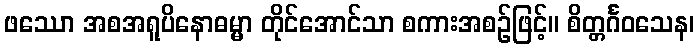
ဖဿော အစအရူပိနောဓမ္မာ တိုင်အောင်သာ စကားအစဉ်ဖြင့်။ စိတ္တင်္ဂဝသေန၊